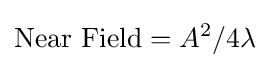
{\text{Near Field}}=A^{2}/4\lambda